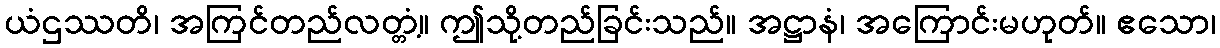
ယံဌဿတိ၊ အကြင်တည်လတ္တံ့။ ဤသို့တည်ခြင်းသည်။ အဋ္ဌာနံ၊ အကြောင်းမဟုတ်။ ဧသော၊